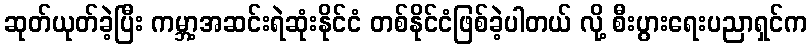
ဆုတ်ယုတ်ခဲ့ပြီး ကမ္ဘာ့အဆင်းရဲဆုံးနိုင်ငံ တစ်နိုင်ငံဖြစ်ခဲ့ပါတယ် လို့ စီးပွားရေးပညာရှင်က